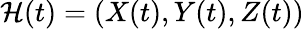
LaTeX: \mathcal{H}(t)=(X(t),Y(t),Z(t))